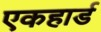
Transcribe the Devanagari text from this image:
एकहार्ड